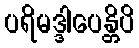
ပရိမဒ္ဒါပေန္တိပိ